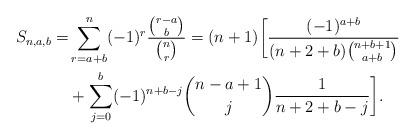
LaTeX: \begin{align*}\begin{aligned}S_{n,a,b}=&\sum_{r=a+b}^n (-1)^r\frac{\binom{r-a}{b}}{\binom{n}{r}}=(n+1)\biggl[\frac{(-1)^{a+b}}{(n+2+b)\binom{n+b+1}{a+b}}\\&+\sum_{j=0}^b(-1)^{n+b-j}\binom{n-a+1}{j}\frac{1}{n+2+b-j}\biggr].\end{aligned}\end{align*}